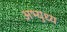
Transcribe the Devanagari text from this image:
अभ्युध्य